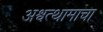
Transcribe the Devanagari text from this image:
अश्वत्थामाचा